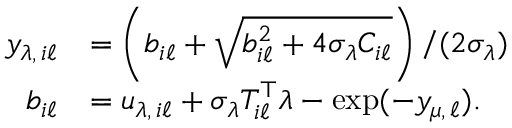
\begin{array} { r l } { y _ { \lambda , \, i \ell } } & { = \left( b _ { i \ell } + \sqrt { b _ { i \ell } ^ { 2 } + 4 \sigma _ { \lambda } C _ { i \ell } } \right) / ( 2 \sigma _ { \lambda } ) } \\ { b _ { i \ell } } & { = u _ { \lambda , \, i \ell } + \sigma _ { \lambda } T _ { i \ell } ^ { \top } \lambda - \exp ( - y _ { \mu , \, \ell } ) . } \end{array}